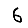
Digit: 6